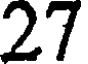
27